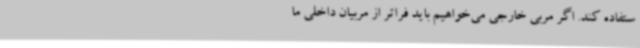
ستفاده کند. اگر مربی خارجی می‌خواهیم باید فراتر از مربیان داخلی ما